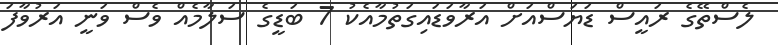
ލެސްތޭގެ ރައީސް ޑަޔަސްއަށް އަރާވަޑައިގަތުމާއެކު 7 ބަޑީގެ ސަލާމެއް ވެސް ވަނީ އަރުވާފަ